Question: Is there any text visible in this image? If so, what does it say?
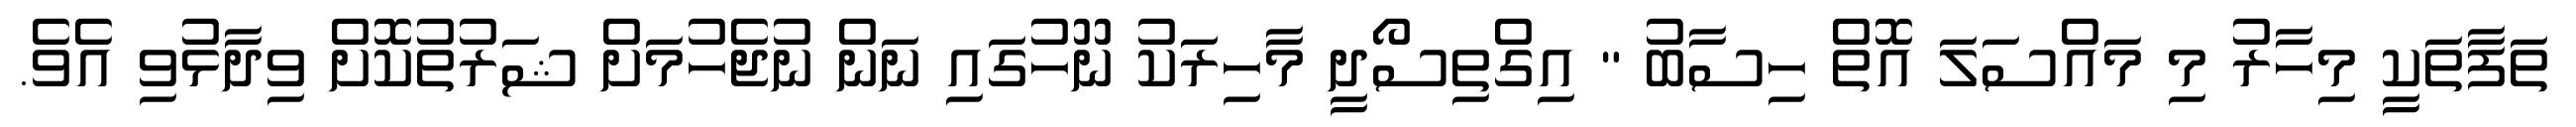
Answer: ތަފާތަކީ މިހާރު މި މައްސަލަ އޮތް ހިސާބު " އިގްތިސޯދީ މާހިރަކު ނޫހުގައި ނަން ނުޖެހުމަށް ޝަރުތުކޮށް ވިދާޅުވި އެވެ.